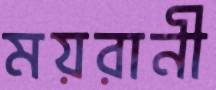
ময়রানী